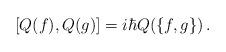
LaTeX: \begin{align*}[Q(f),Q(g)]=i\hbar Q(\{f,g\})\,.\end{align*}